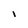
Character: l